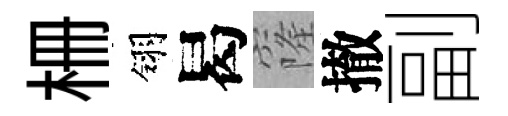
栅翎曷窿撤副